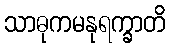
သာဓုကမနုရက္ခာတိ